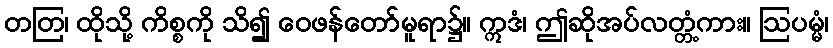
တတြ၊ ထိုသို့ ကိစ္စကို သိ၍ ဝေဖန်တော်မူရာ၌။ ဣဒံ၊ ဤဆိုအပ်လတ္တံ့ကား။ ဩပမ္မံ၊